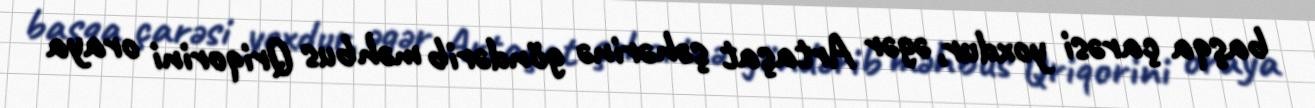
başqa çarəsi yoxdur, əgər Artaşat şəhərinə göndərib məhbus Qriqorini oraya